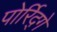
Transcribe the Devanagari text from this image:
पोर्रिद्गे